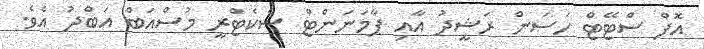
އޮފް ސްޓޭޓް ހަސަން ރަޝީދު އާއި ޕާމަނަންޓް ސެކެޓްރީ މުސްއަބް އަބްދު އެވެ.